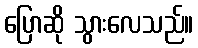
ပြောဆို သွားလေသည်။